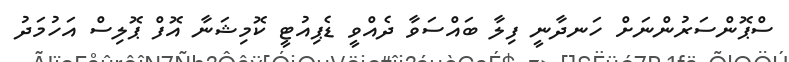
ސްޕޮންސަރުންނަށް ހަނދާނީ ފިލާ ބައްސަވާ ދެއްވީ ޑެޕިއުޓީ ކޮމިޝަނާ އޮފް ޕޮލިސް އަހުމަދު